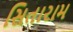
સિતારામ